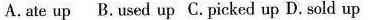
A.ate up B.used up C.picked up D. sold up